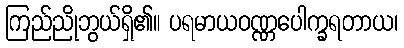
ကြည်ညိုဘွယ်ရှိ၏။ ပရမာယဝဏ္ဏပေါက္ခရတာယ၊